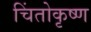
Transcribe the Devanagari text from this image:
चिंतोकृष्ण